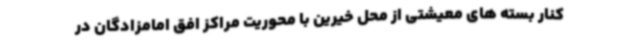
کنار بسته های معیشتی از محل خیرین با محوریت مراکز افق امامزادگان در